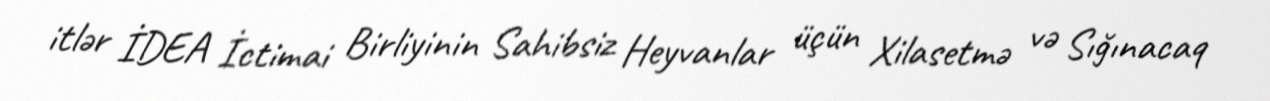
itlər İDEA İctimai Birliyinin Sahibsiz Heyvanlar üçün Xilasetmə və Sığınacaq